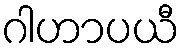
ဂါဟာပယီ